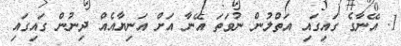
1. އޭނާގެ ގައިގައި އަތްލުން ނުވަތަ އޭނާ އަށް އަނިޔާއެއް ދިނުން ގައިގައި